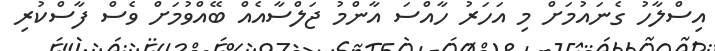
އިސްލާހު ގެނައުމަށް މި އަހަރު ހާއްސަ އާންމު ޖަލްސާއެއް ބޭއްވުމަށް ވެސް ފާސްކުރި